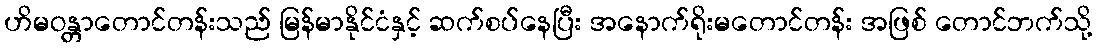
ဟိမဝန္တာတောင်တန်းသည် မြန်မာနိုင်ငံနှင့် ဆက်စပ်နေပြီး အနောက်ရိုးမတောင်တန်း အဖြစ် တောင်ဘက်သို့